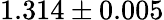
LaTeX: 1.314\pm 0.005